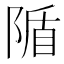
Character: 𨺠